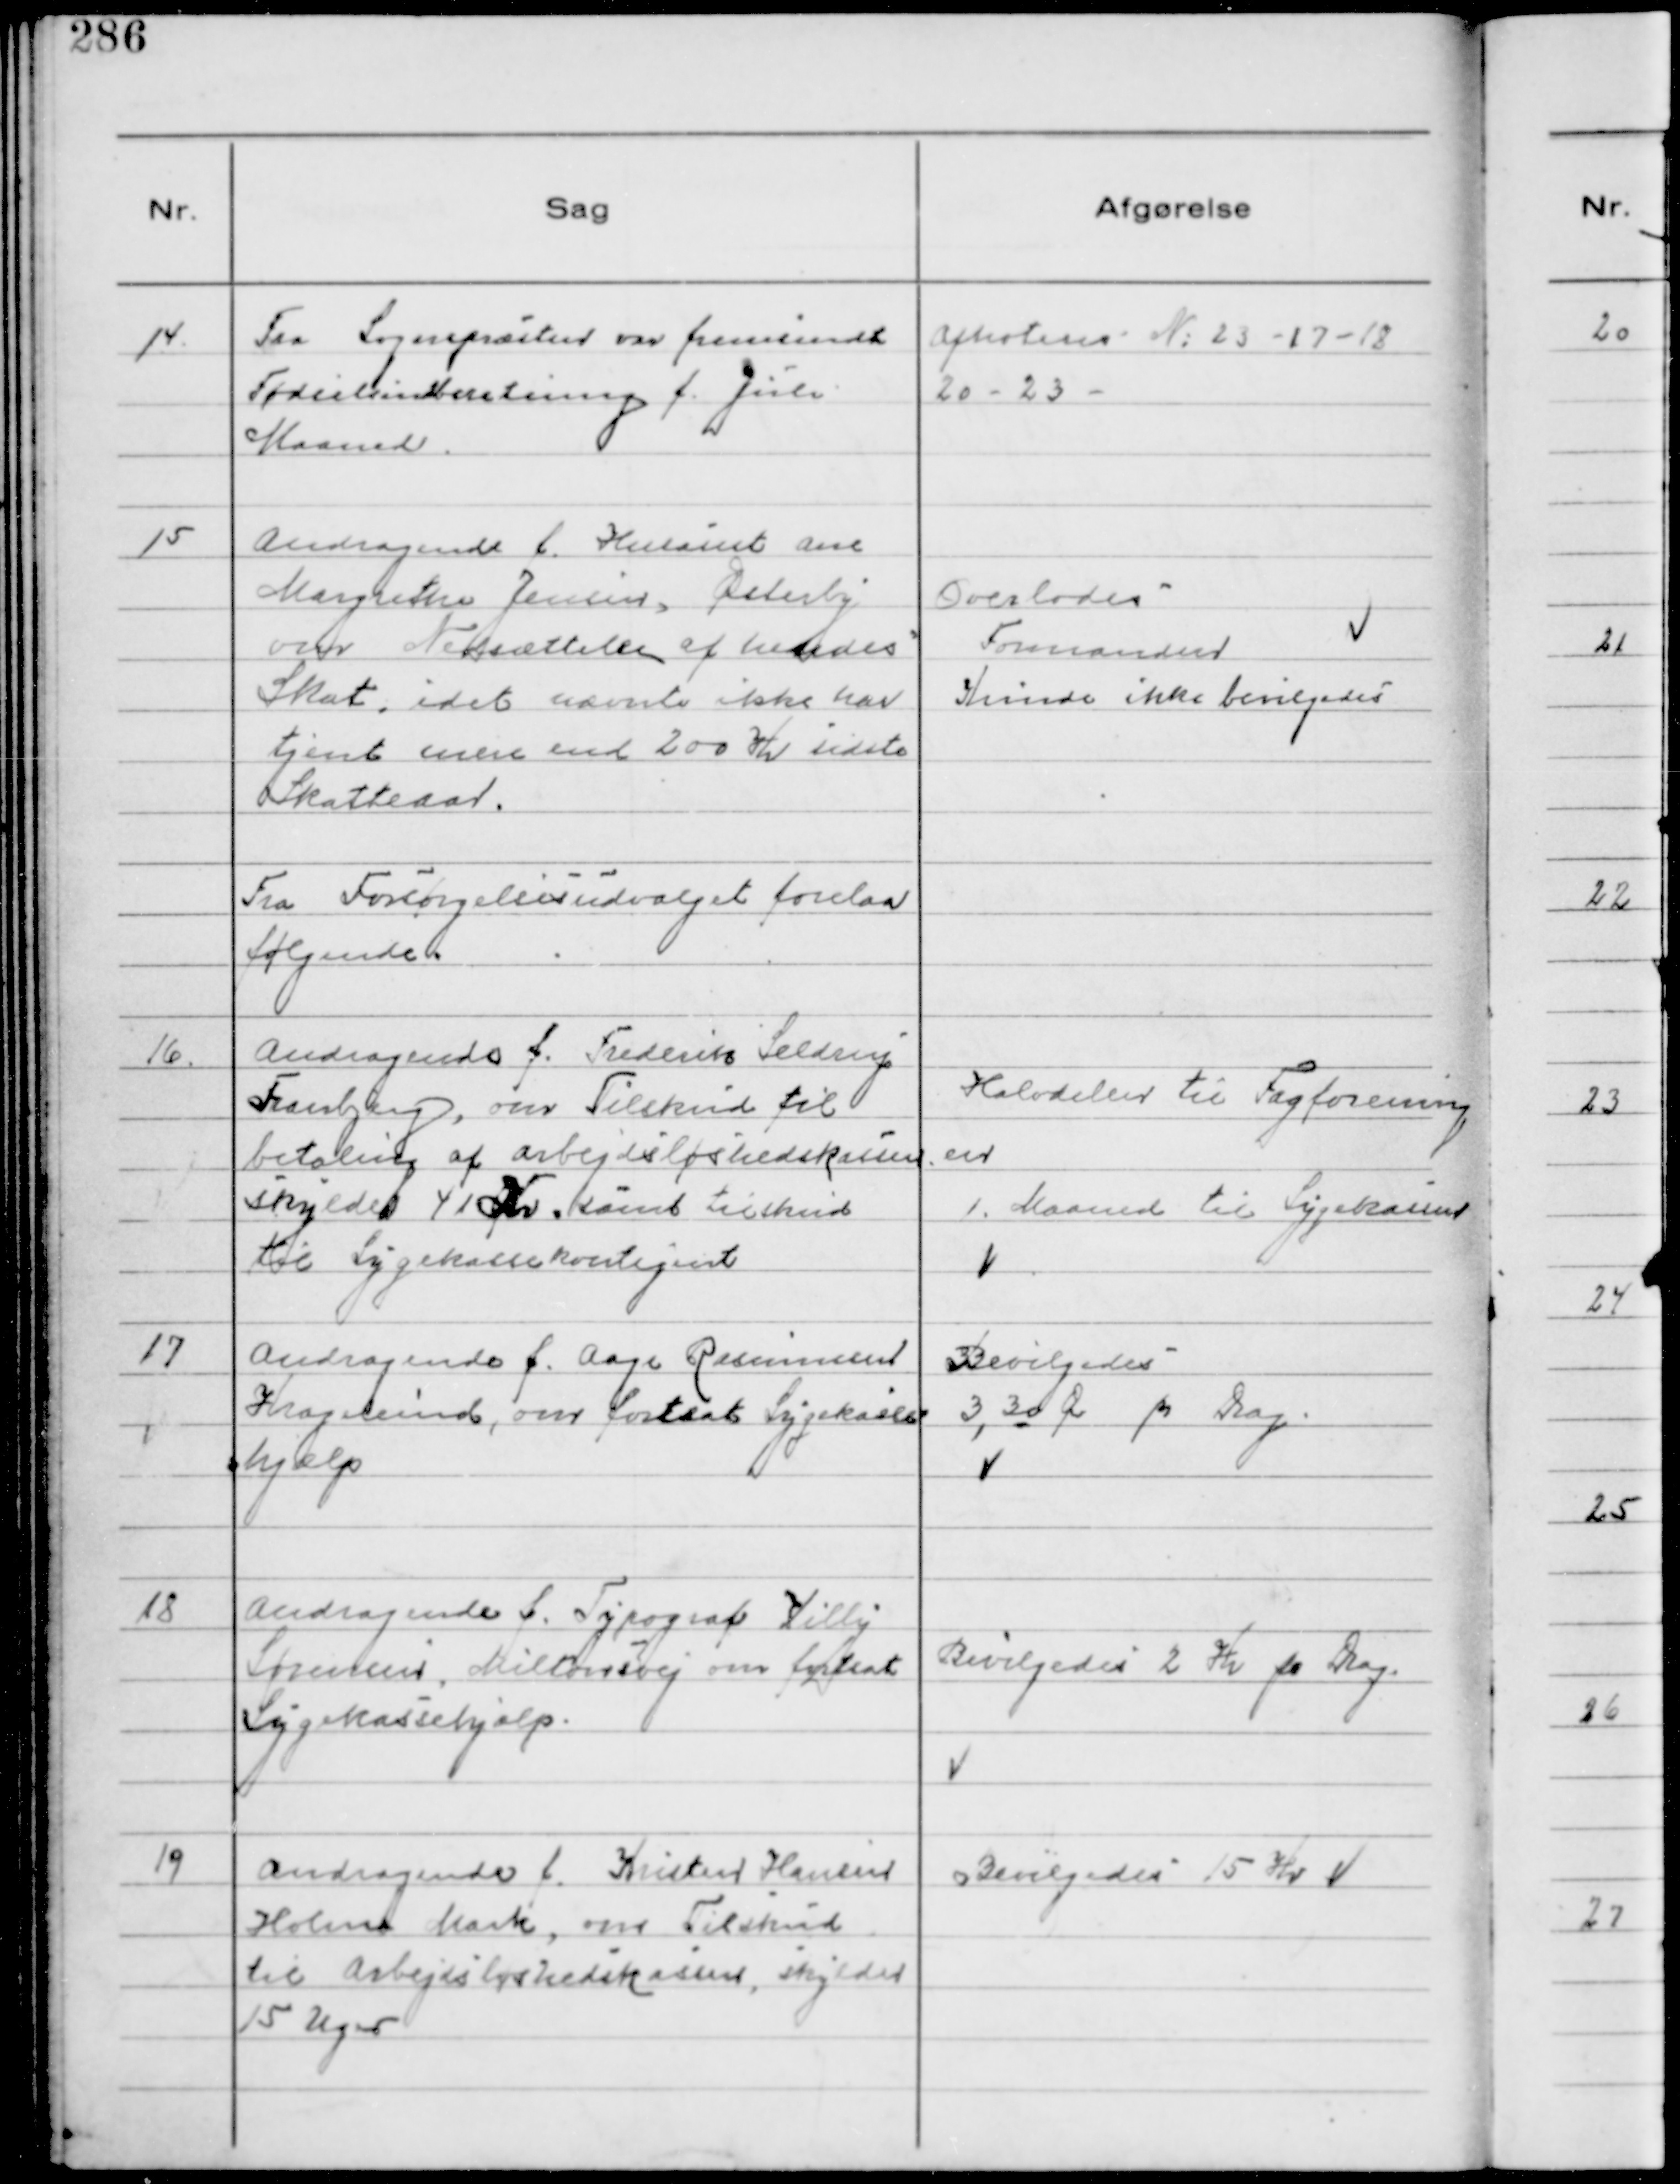
Transskription:
14.
Fra Sognepræsten var fremsendt
Fødselsindberetning f. Juli
Maaned.

Afnoteres № 23 - 17 - 18
20 - 23 -

15
Andragende f. Husasist Ane
Margrethe Jensen, Østerby
om Nedsættelse af hendes
Skat, idet nævnte ikke har 
tjent mere end 200 Kr sidste
Skatteaar.

Overlodes
Formanden
Kunde ikke bevilgedes

Fra Forsørgelsesudvalget forelaa
følgende

16.
Andragende f. Frederik Seldrup
Tranbjerg, om Tilskud til
betaling af arbejdsløshedskassen
skylder 41 Kr. samt tilskud
til Sygekassekontingent

Halvdelen til Fagforening
en
1. Maaned til Sygekassen

17
Andragende f. Aage Rasmussen
Kragelund, om fortsat Sygekasse-
hjælp

Bevilgedes
3,30 Øre pr Dag.

18
Andragende f. Typograf Villy
Sørensen, Miltonsvej om fortsat
Sygekassehjælp.

Bevilgedes 2 Kr pr Dag.

19
Andragende f. Kristen Hansen
Holme Mark, om Tilskud
til Arbejdsløshedskassen, skylder
15 Uger

Bevilgedes 15 Kr